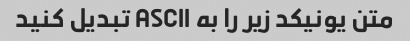
متن یونیکد زیر را به ASCII تبدیل کنید